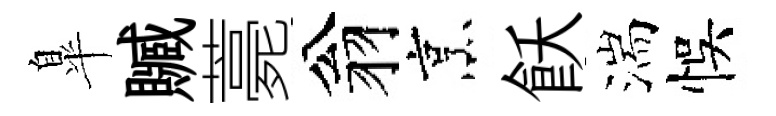
臯贓薧翁烹飫湍悞